Investigations into the jail dietaries of the United Provinces with some observations on the influence of dietary on the physical development and well-being of the people of the United Provinces - Number 48
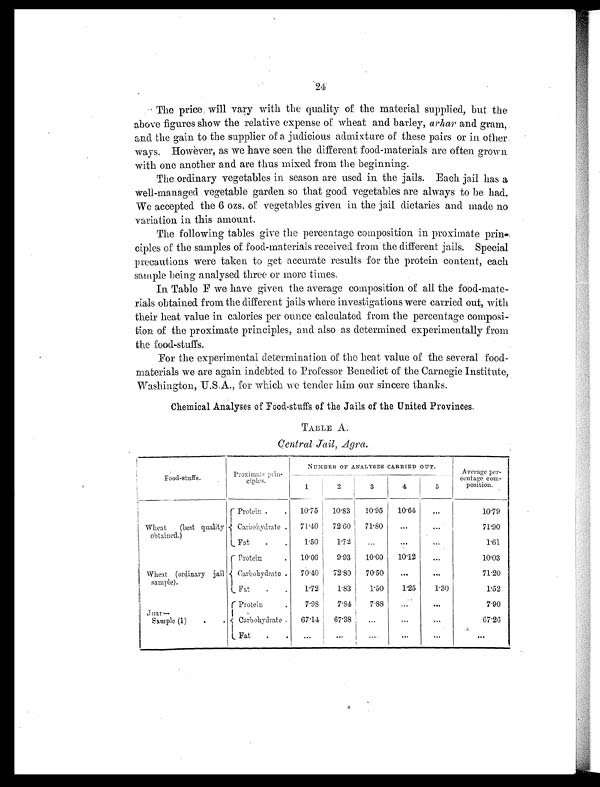
24
The price will vary with the quality of the material supplied, but the
above figures show the relative expense of wheat and barley, arhar and gram,
and the gain to the supplier of a judicious admixture or these pairs or in other
ways. However, as we have seen the different food-materials are often grown
with one another and are thus mixed from the beginning.
The ordinary vegetables in season are used in the jails. Each jail has a
well-managed vegetable garden so that good vegetables are always to be had.
We accepted the 6 ozs. of vegetables given in the jail dietaries and made no
variation in this amount.
The following tables give the percentage composition in proximate prin-
ciples of the samples of food-materials received from the different jails. Special
precautions were taken to get accurate results for the protein content, each
sample being analysed three o r more times.
In Table F we have given the average composition of all the food-mate-
rials obtained from the different jails where investigations were carried out, with
their heat value in calories per ounce calculated from the percentage composi
tion of the proximate principles, and also as determined experimentally from
the food-stuffs.
For the experimental determination of the heat value of the several food-
materials we are again indebted to Professor Benedict of the Carnegie Institute,
Washington, U.S.A., for which we tender him o ur sincere thanks.
Chemical Analyses of Food-stuffs of the Jails of the United Provinces.
TABLE A.
Central Jail, Agra.
Food-stuffs.
Proximate prin-
ciples.
NUMBER OF ANALYSES CARRIED OUT.
Average per-
centage com-
position.
1
2
3
4
5
Wheat
(best quality
obtained.)
Protein .
.
10.75
10.83
10.95
10.64
...
10.79
Carbohydrate .
71.40
72.60
71.80
...
. . .
71.90
Fat
.
.
1.50
1.72 ...
. . .
. . .
1.61
Wheat (ordinary jail
sample).
Protein
.
10.06
9.93
10.00
10.12
...
10.03
Carbohydrate .
70.40
72.80
70.50
...
. . .
71.20
F at
.
.
1.72
1.83
1.50
1.25
1.30
1.52
Juar—
Sample (1)
.
.
Protein
.
7.98
7.84
7.88
...
. . .
7.90
Carbohydrate .
67.14
67.38
. . .
. . .
. . .
67.26
Fat
.
.
. . .
...
. . .
. . .
. . .
. . .